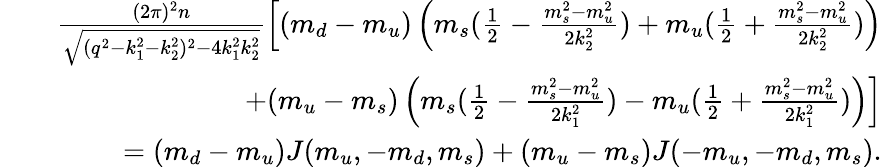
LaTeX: \begin{array}{rlr}&{}&{\frac{(2\pi)^{2}n}{\sqrt{(q^{2}-k_{1}^{2}-k_{2}^{2})^{2}-4k_{1}^{2}k_{2}^{2}}}\left[(m_{d}-m_{u})\left(m_{s}(\frac{1}{2}-\frac{m_{s}^{2}-m_{u}^{2}}{2k_{2}^{2}})+m_{u}(\frac{1}{2}+\frac{m_{s}^{2}-m_{u}^{2}}{2k_{2}^{2}})\right)\right.}\\ &{}&{\left.+(m_{u}-m_{s})\left(m_{s}(\frac{1}{2}-\frac{m_{s}^{2}-m_{u}^{2}}{2k_{1}^{2}})-m_{u}(\frac{1}{2}+\frac{m_{s}^{2}-m_{u}^{2}}{2k_{1}^{2}})\right)\right]}\\ &{}&{=(m_{d}-m_{u})J(m_{u},-m_{d},m_{s})+(m_{u}-m_{s})J(-m_{u},-m_{d},m_{s}).}\end{array}